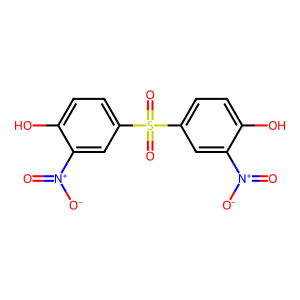
SMILES: O=[N+]([O-])c1cc(S(=O)(=O)c2ccc(O)c([N+](=O)[O-])c2)ccc1O
Inhibits HIV replication: No